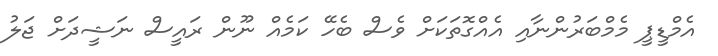
އެމްޑީޕީ މެމްބަރުންނާއި އެއްގޮތަކަށް ވެސް ބެހޭ ކަމެއް ނޫން ރައީސް ނަޝީދަށް ޖަލު